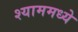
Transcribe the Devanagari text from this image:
श्याममध्ये